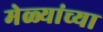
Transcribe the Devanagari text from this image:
मेळ्यांच्या